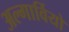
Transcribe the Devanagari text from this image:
अल्गार्वियो